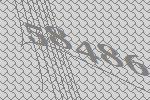
58486